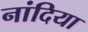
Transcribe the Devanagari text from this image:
नांदिया